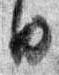
日